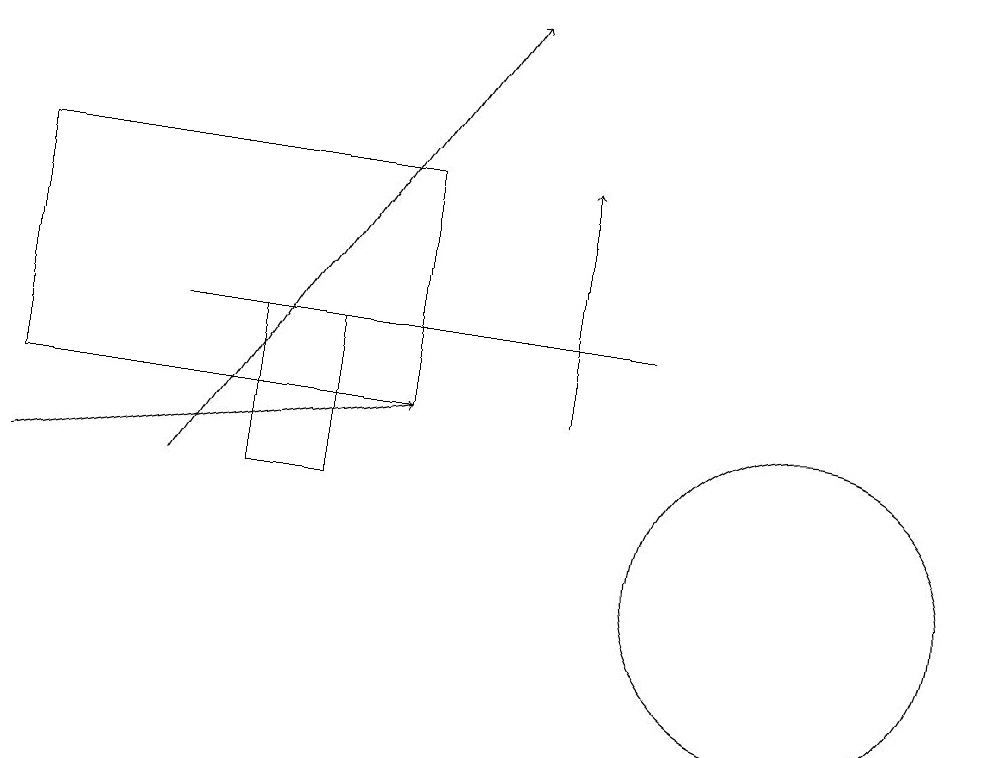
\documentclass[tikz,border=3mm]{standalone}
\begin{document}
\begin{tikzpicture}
\draw[->] (7,12) -- (7,15);
\draw (3,13) rectangle (4,11);
\draw (8,13) rectangle (2,13);
\draw (10,10) circle (2);
\draw (11,11) circle (0);
\draw[->] (0,11) -- (5,12);
\draw[->] (2,11) -- (6,17);
\draw (0,15) rectangle (5,12);
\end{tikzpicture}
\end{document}